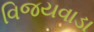
વિજયવાડા